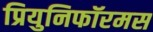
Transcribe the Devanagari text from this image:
प्रियुनिफॉरमस